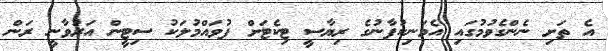
އެ ތަށި ނެންގެވުމުގައި އެމަނިކުފާނުގެ ރިޔާސީ ޓިކެޓަށް ފުވައްމުލަކު ސިޓީން އަރުވާނީ ރަން